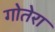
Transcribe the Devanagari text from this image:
गोतेरा